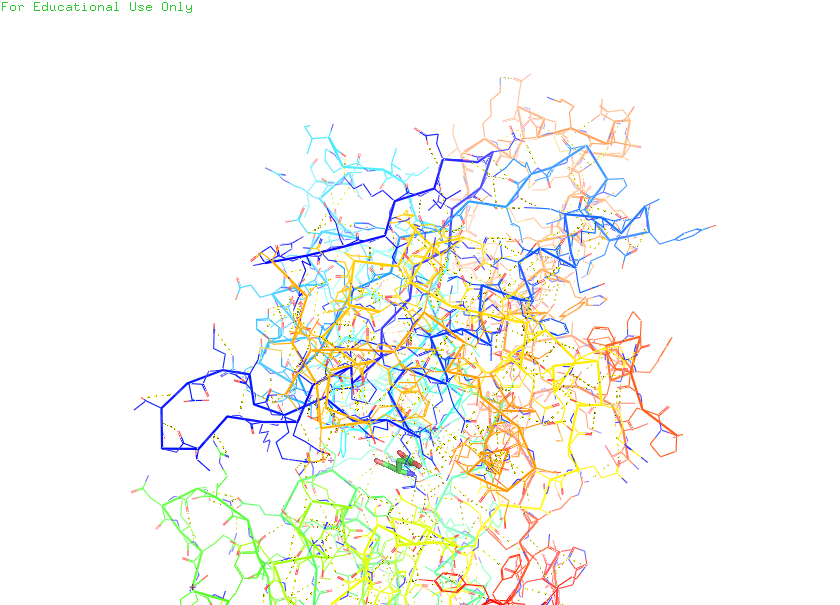
pymol, preset, technical